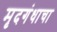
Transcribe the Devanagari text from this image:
मृदगंधाचा